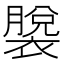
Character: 𫌎